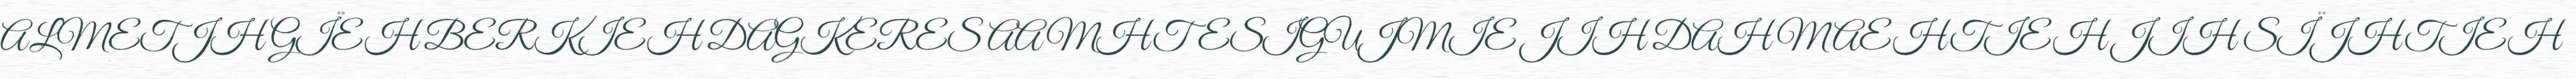
ALMETJH GÏEH BERKIEH DAGKERES AAMHTESIGUJMIE JIH DAH MAEHTIEH JIH SÏJHTIEH